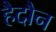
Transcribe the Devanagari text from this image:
हैदौन